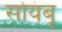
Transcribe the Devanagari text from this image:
सोयंबू